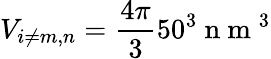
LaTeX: V_{i\neq m,n}=\frac{4\pi}{3}50^{3}\mathrm{~n~m~}^{3}